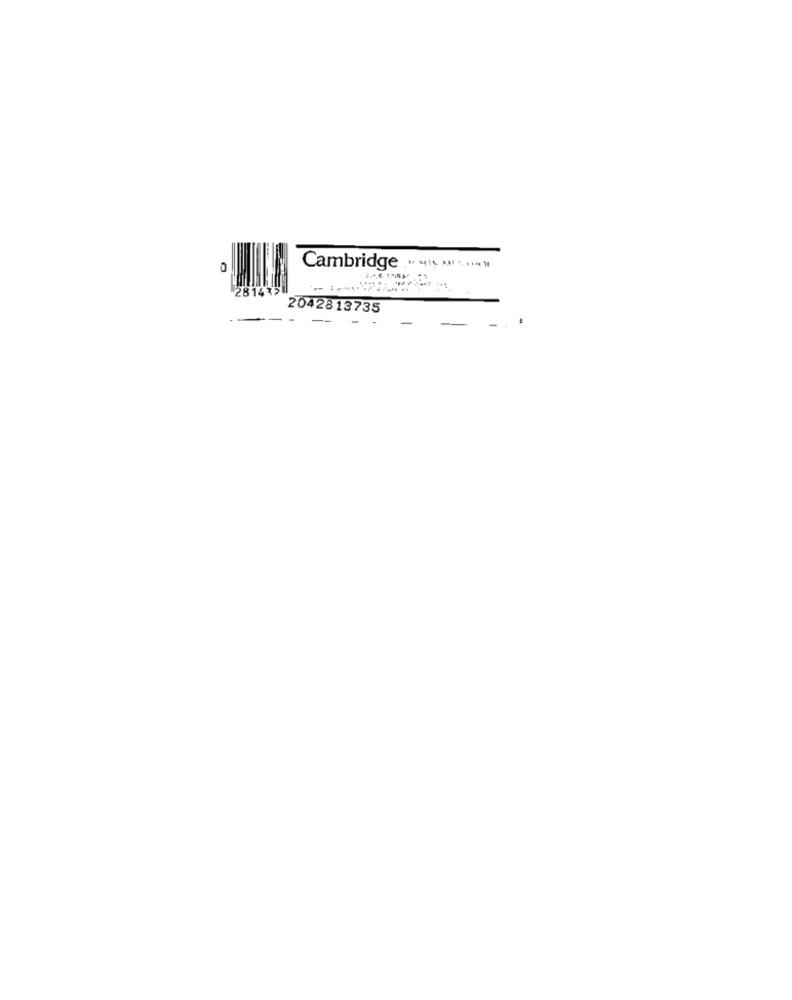
0
Cambridge
.. $ 1783/
281432
2042813735
-